Report on plague in the Punjab from October 1st ... to September 30th ..., being the ... season of plague in the province
Disease focus: Plague
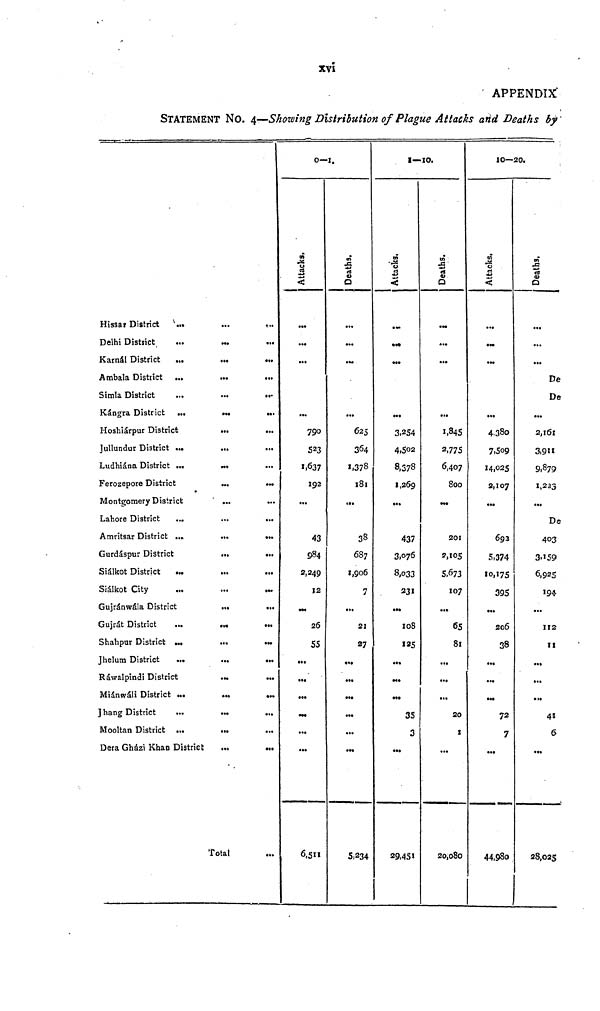
XVi
APPENDIX:
STATEMENT NO. 4—Showing Distribution of Plague Attacks arid Deaths by
Hissar District
...
Delhi District ...
Karnál District ...
Ambala District ...
Simla District ...
Kángra District ...
Hoshiárpur District ...
Jullundur District ...
Ludhiána District ...
Ferozepore District
Montgomery District
Lahore District
...
Amritsar District ...
Gurdáspur District
Siálkot District
...
Siálkot City ...
Gujránwála District ...
Gujrát District ...
Shahpur District ...
Jhelum District
...
Ráwalpindi District
Miánwáli District ...
Jhang District
...
Mooltan District ...
Dera Gházi Khan District
...
...
...
...
...
...
...
...
....
...
...
...
...
...
...
...
....
...
...
...
...
...
...
...
...
Total
...
...
...
...
...
...
...
...
...
...
...
...
...
...
...
...
...
...
...
...
...
...
...
...
...
...
0—1.
Attacks
...
...
...
...
790
523
1.637
192
...
43
984
2,249
12
...
26
55
...
...
...
...
...
...
6,511
Deaths
...
...
...
...
625
364
1,378
l8l
...
38
687
1,906
7
...
21
27
...
...
...
...
...
...
5,234
1—10.
Attacks
...
...
...
...
3,254
4,502
8,378
1,269
...
437
3,076
8,033
331
...
108
125
...
...
...
35
3
...
29,451
Deaths
...
...
...
...
1,.845
2,775
6,407
800
...
293
2,105
5,673
107
......
65
81
...
...
...
20
1
...
20,080
10—20.
...
...
...
...
4,380
7,509
14,025
2,107
...
693
5,374
10,175
395
...
206
38
...
...
...
72
7
...
44,980
...
...
...
De
De
...
2,161
3,911
9,879
1,233
...
De
403
3,159
6,925
194.
...
112
11
...
...
...
45
6
...
28,025